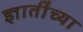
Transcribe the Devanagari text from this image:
ज्ञातींच्या